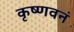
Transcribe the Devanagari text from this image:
कृष्णवनं